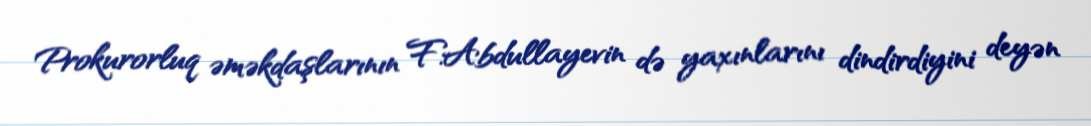
Prokurorluq əməkdaşlarının F.Abdullayevin də yaxınlarını dindirdiyini deyən